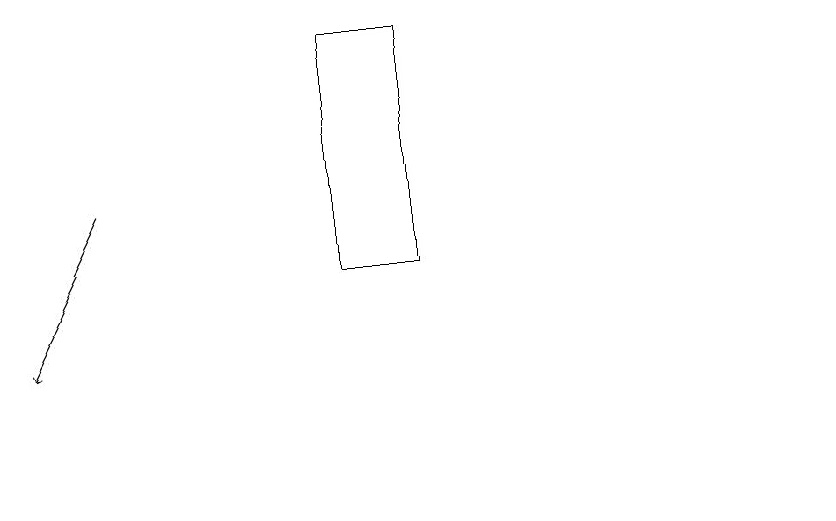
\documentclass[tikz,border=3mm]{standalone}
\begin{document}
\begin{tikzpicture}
\draw[->] (2,14) -- (1,12);
\draw (6,16) rectangle (5,13);
\draw (11,10) circle (0);
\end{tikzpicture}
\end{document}